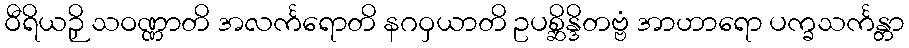
ဝီရိယဉှိ သဝဏ္ဏာတိ အလင်္ကရောတိ နဂဝှယာတိ ဥပစ္ဆိန္ဒိတဗ္ဗံ အာဟာရော ပက္ခသင်္ကန္တာ